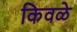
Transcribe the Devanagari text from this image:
किवळे